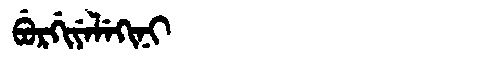
Manchu: ᠪᡠᡵᡤᡳᠶᡝᠯᡝᡴᡳᠨᡳ
Romanization: BURGIYELEKINI